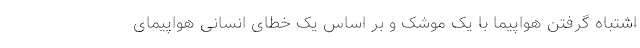
اشتباه گرفتن هواپیما با یک موشک و بر اساس یک خطای انسانی هواپیمای